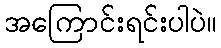
အကြောင်းရင်းပါပဲ။